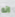
انه